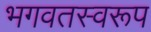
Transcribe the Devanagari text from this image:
भगवतस्वरूप